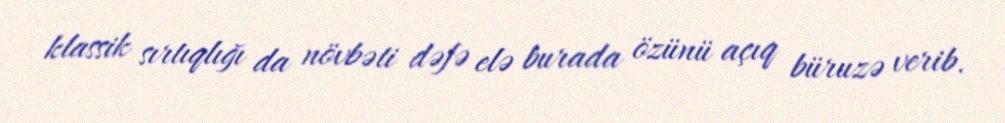
klassik sırtıqlığı da növbəti dəfə elə burada özünü açıq büruzə verib.